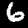
Digit: 6